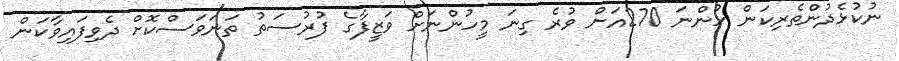
ނުކުޅެދުންތެރިކަން ހުންނަ 270އަށް ވުރެ ގިނަ މީހުންނަށް ވަޒީފާގެ ފުރުސަތު ތަނަވަސްކޮށް ދެވިފައިވާކަން